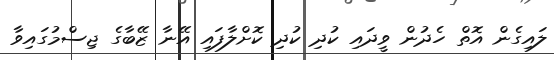
ލައިގެން އޮތް ހެދުން ވީދައި ކުދި ކުދި ކޮށްލާފައި އޭނާ ޒޭބާގެ ޖިސްމުގައިވާ